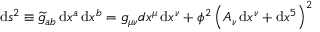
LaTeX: \operatorname { d } \! s ^ { 2 } \equiv { \widetilde { g } } _ { a b } \operatorname { d } \! x ^ { a } \operatorname { d } \! x ^ { b } = g _ { \mu \nu } d x ^ { \mu } \operatorname { d } \! x ^ { \nu } + \phi ^ { 2 } \left( A _ { \nu } \operatorname { d } \! x ^ { \nu } + \operatorname { d } \! x ^ { 5 } \right) ^ { 2 }